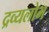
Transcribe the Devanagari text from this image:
द्रव्यलोभ